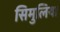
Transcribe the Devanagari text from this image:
सिमुलिया